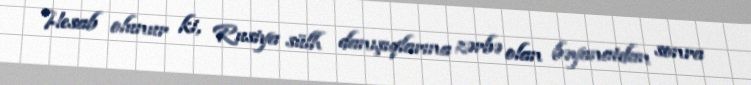
Hesab olunur ki, Rusiya sülh danışıqlarına zərbə olan bəyanatdan sonra